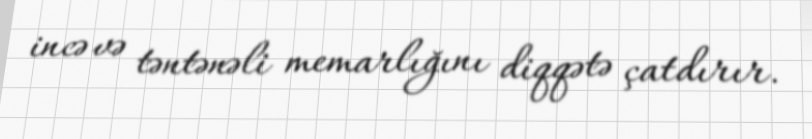
incə və təntənəli memarlığını diqqətə çatdırır.